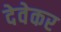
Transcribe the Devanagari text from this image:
देवेकर